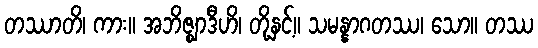
တဿာတိ၊ ကား။ အဘိဇ္ဈာဒီဟိ၊ တို့နှင့်။ သမန္နာဂတဿ၊ သော။ တဿ